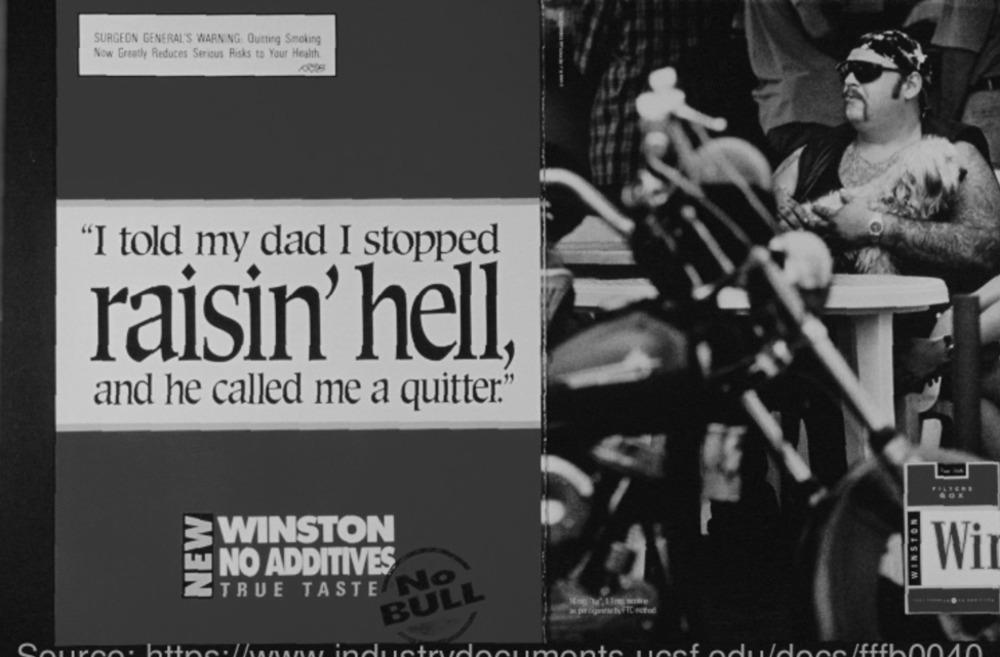
SURGEON GENERAL'S WARNING: Quitting Smoking
Now Greatly Reduces Serious Risks to Your Health.
"I told my dad I stopped
raisin' hell,
and he called me a quitter."
WINSTON
NEW
WINSTON
Wi
NO ADDITIVES
TRUE TASTE NO
BULL
3 projahrty FTC ected
ante
woofAduldone fffh00 10